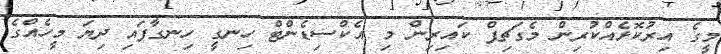
މީގެ އިރުކޮޅެއްކުރިން މެގަޗިޕް ކައިރިން މި އެކްސިޑެންޓް ހިނގީ ހިނގާފައި ދިޔަ މީހެއްގެ